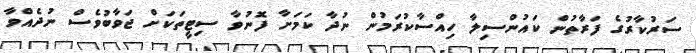
ސަރުކާރުގެ ފަރާތުން ކައުންސިލާ ހިއްސާކުރަމުން ނުދާ ކަމަށާ ފޮނުވާ ސިޓީތަކަށް ޖަވާބުވެސް ނުދެއްވާ